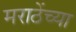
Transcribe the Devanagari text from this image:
मराठेंच्या